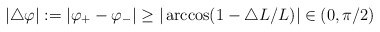
\begin{align*}|\triangle \varphi|:=|\varphi_{+}-\varphi_{-}|\ge |\arccos(1-\triangle L/L)| \in (0, \pi/2) \end{align*}